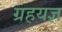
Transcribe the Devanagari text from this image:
ग्रहयज्ञ